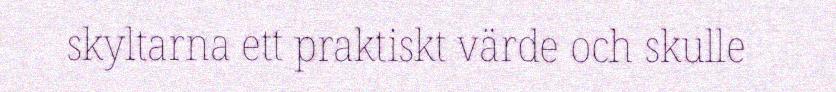
skyltarna ett praktiskt värde och skulle